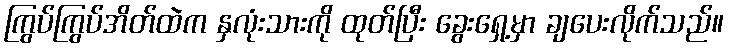
ကြွပ်ကြွပ်အိတ်ထဲက နှလုံးသားကို ထုတ်ပြီး ခွေးရှေ့မှာ ချပေးလိုက်သည်။